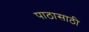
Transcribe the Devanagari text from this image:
पाठासाठी